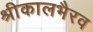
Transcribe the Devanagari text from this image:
श्रीकालभैरव